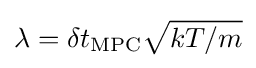
\lambda =\delta t_{\mathrm {MPC} }{\sqrt {kT/m}}